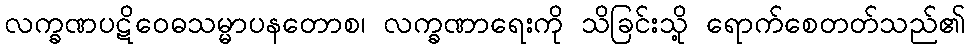
လက္ခဏပဋိဝေဓသမ္မာပနတောစ၊ လက္ခဏာရေးကို သိခြင်းသို့ ရောက်စေတတ်သည်၏